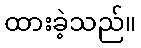
ထားခဲ့သည်။